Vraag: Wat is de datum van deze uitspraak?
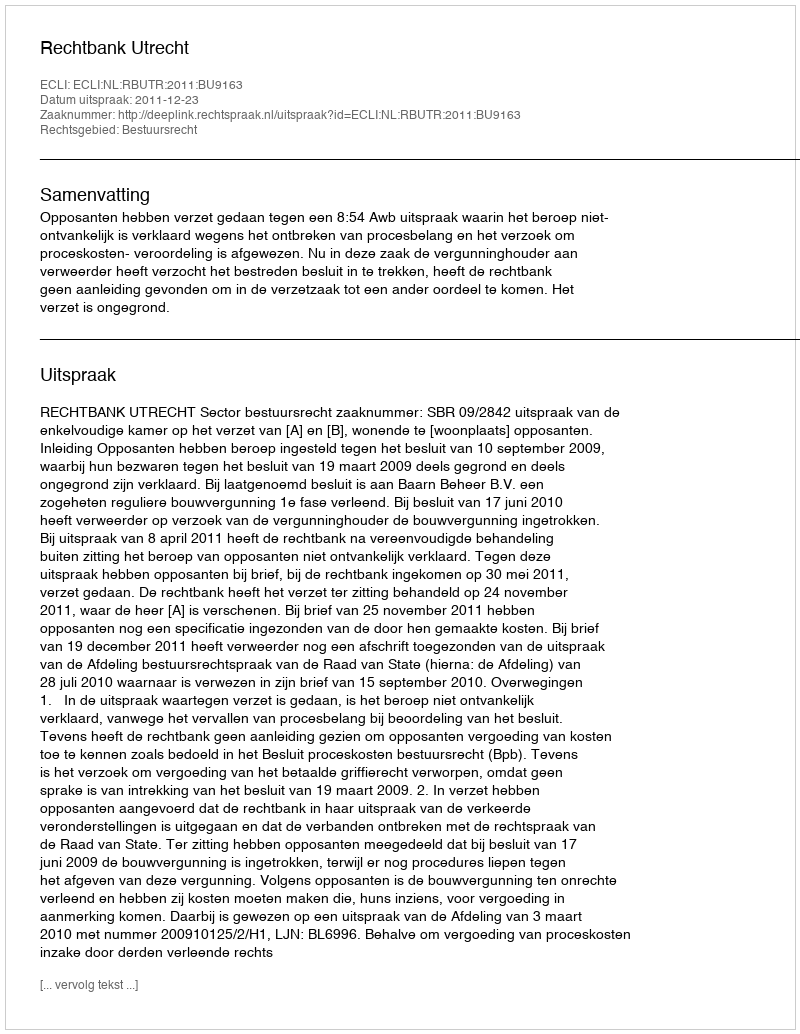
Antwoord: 2011-12-23